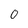
Character: 0